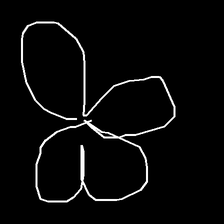
Glyph: billowing